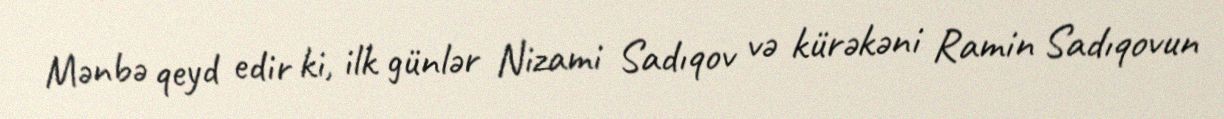
Mənbə qeyd edir ki, ilk günlər Nizami Sadıqov və kürəkəni Ramin Sadıqovun